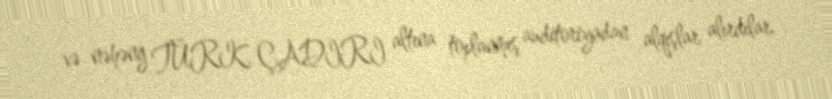
və nəhəng TÜRK ÇADIRI altına toplanmış auditoriyadan alqışlar alırdılar.